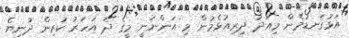
އަޅުގަނޑުމެން މިއަދު ދިރިއުޅެމުން މި އަންނަނީ މީގެ ދެ އަހަރު ކުރިން ދުނިޔެ